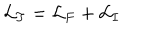
{ \cal L } _ { T } = { \cal L } _ { F } + { \cal L } _ { I }